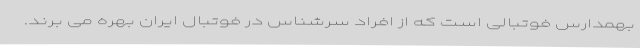
بهمدارس فوتبالی است که از افراد سرشناس در فوتبال ایران بهره می برند.